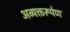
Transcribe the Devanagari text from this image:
अव्यक्तरूपेण